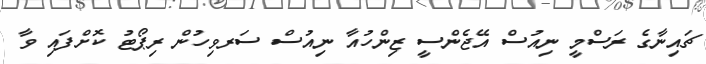
ޗައިނާގެ ރަސްމީ ނިއުސް އޭޖެންސީ ޒިންހުއާ ނިއުސް ސަރވިހުން ރިޕޯޓު ކޮށްފައި ވާ